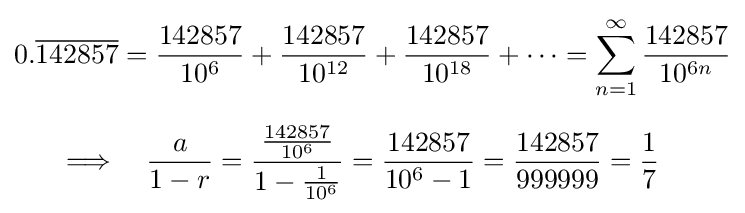
{\begin{aligned}0.{\overline {142857}}&={\frac {142857}{10^{6}}}+{\frac {142857}{10^{12}}}+{\frac {142857}{10^{18}}}+\cdots =\sum _{n=1}^{\infty }{\frac {142857}{10^{6n}}}\\[6px]\implies &\quad {\frac {a}{1-r}}={\frac {\frac {142857}{10^{6}}}{1-{\frac {1}{10^{6}}}}}={\frac {142857}{10^{6}-1}}={\frac {142857}{999999}}={\frac {1}{7}}\end{aligned}}